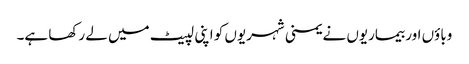
وباؤں اور بیماریوں نے یمنی شہریوں کو اپنی لپیٹ میں لے رکھا ہے۔